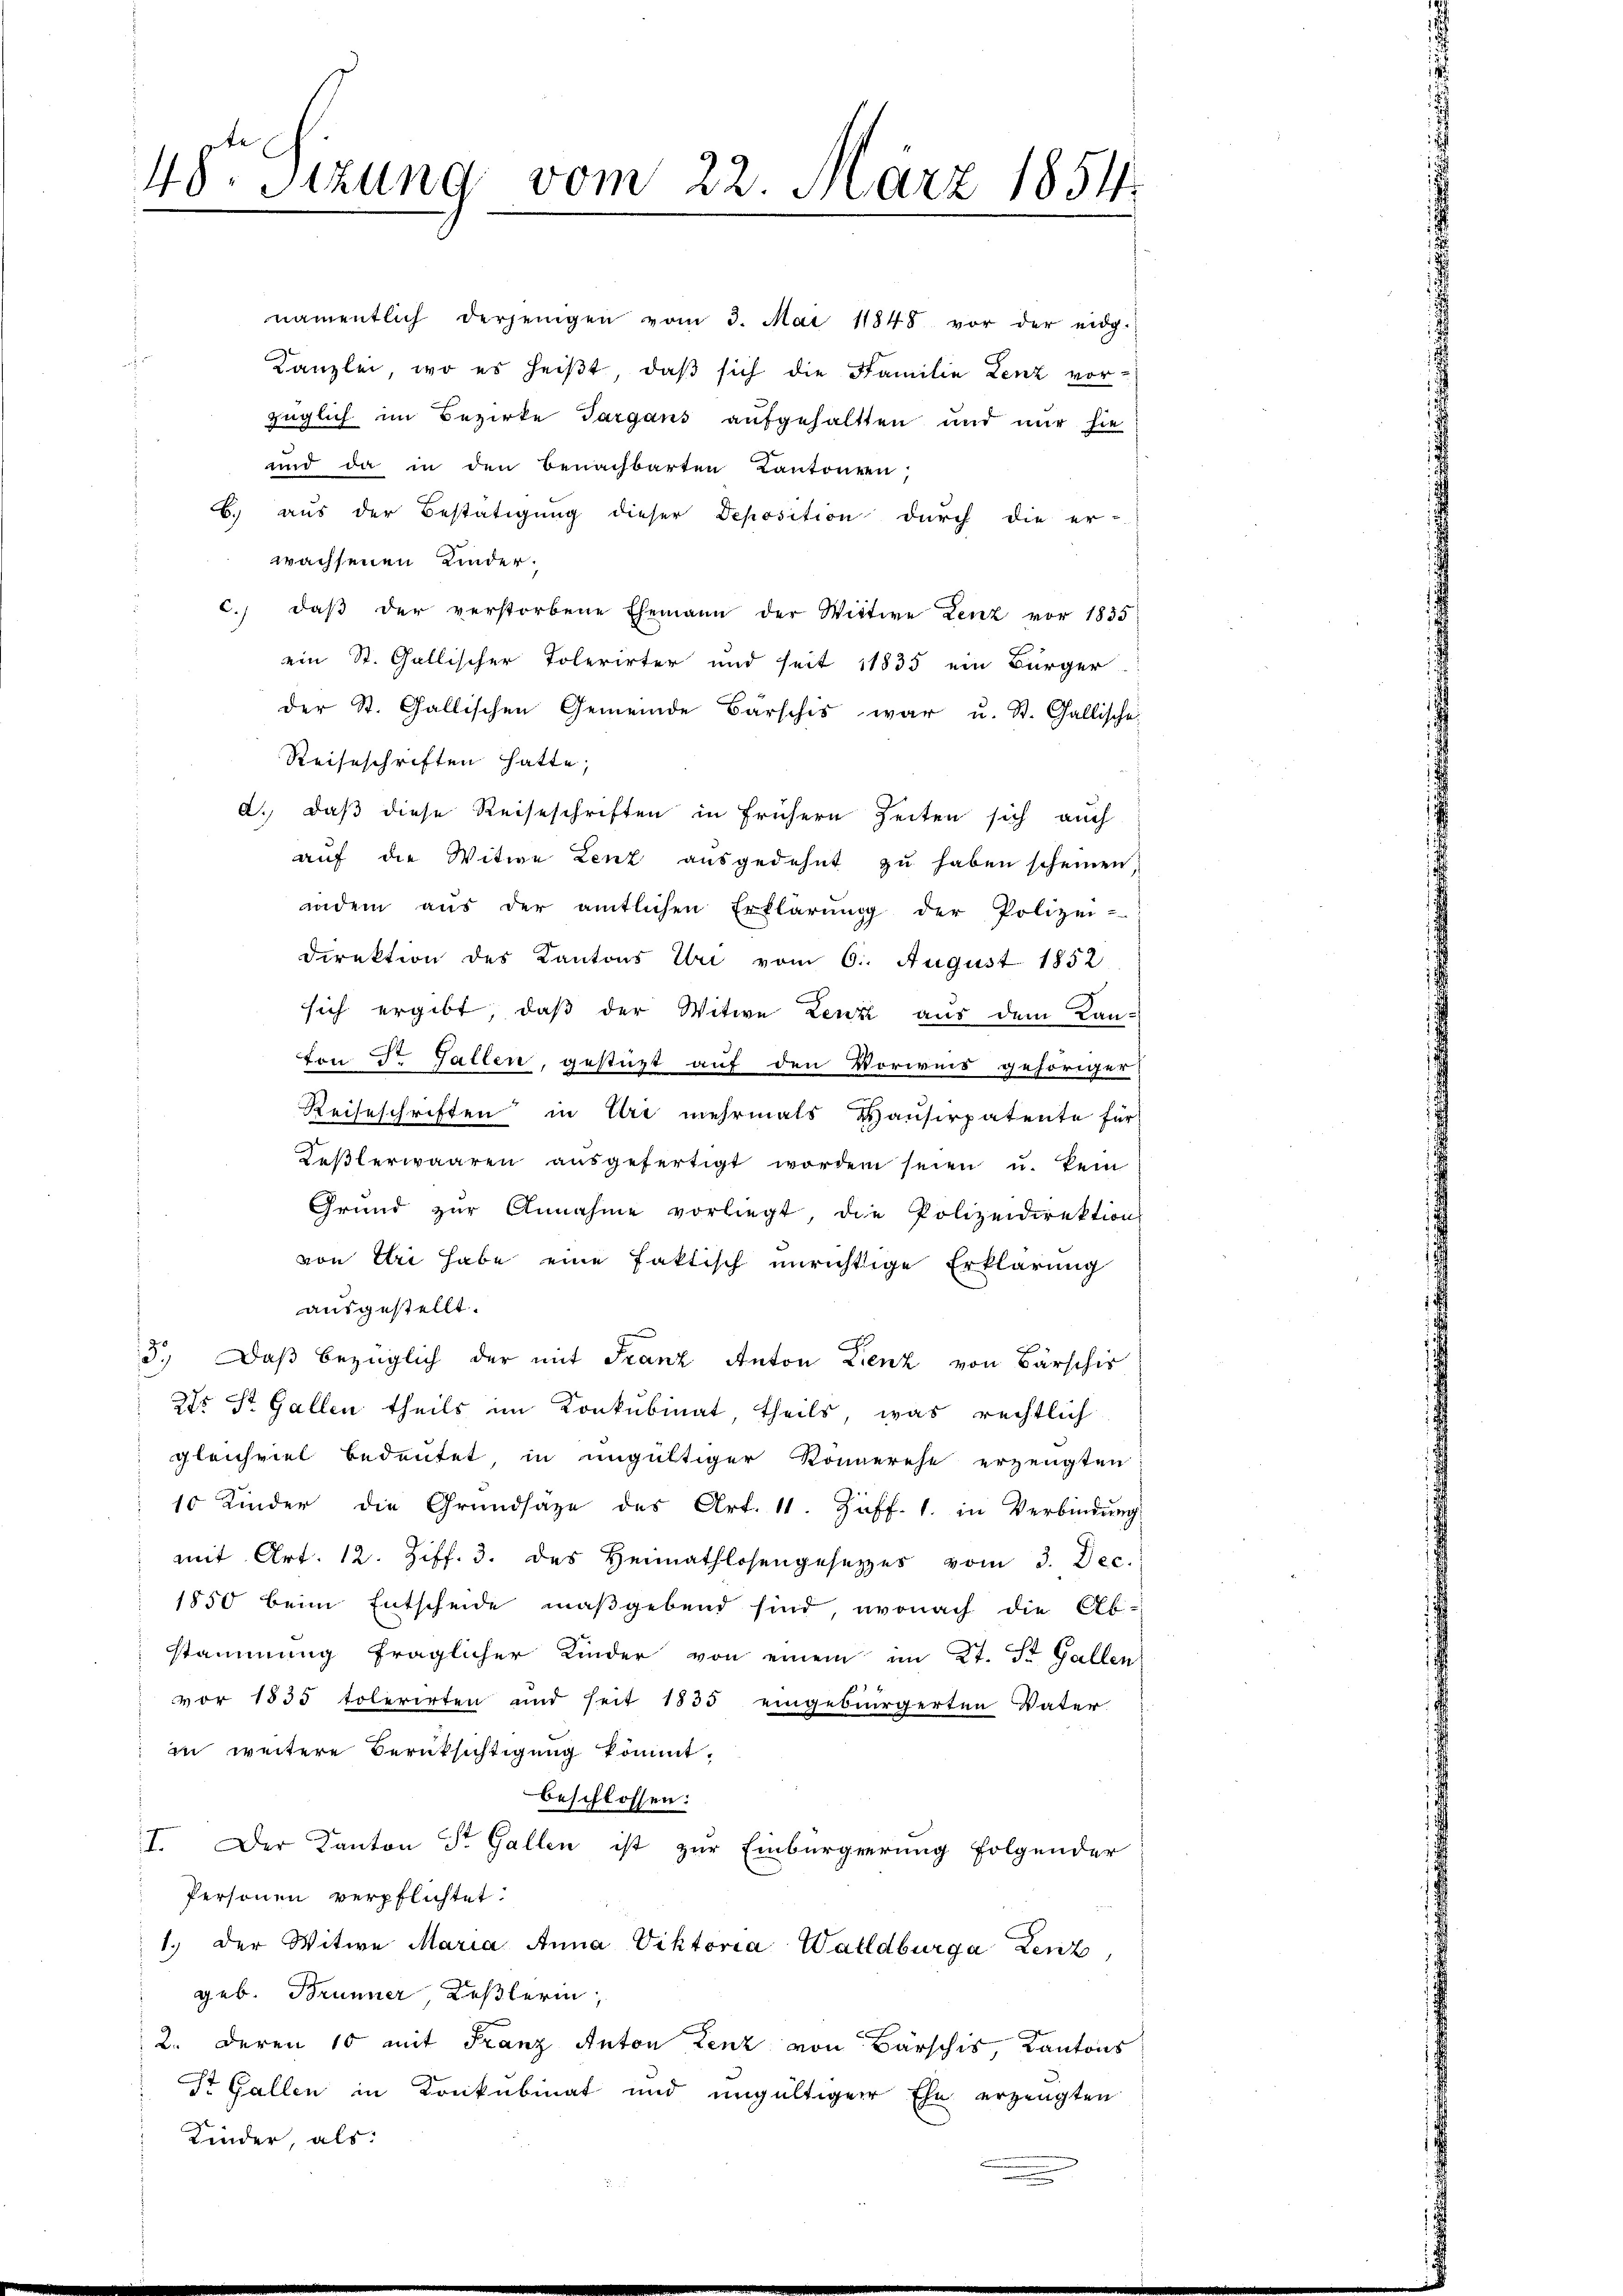
48 Sizung vom 22. März 1854.

namentlich derjenigen vom 3. Mai 1848 vor der eidg.
Kanzlei, wo es heißt, daß sich die Familie Lenz vorzüglich im Bezirke Targaus aufgehaltten und nur sie
und da in den Benachbarten Kantonen
B. aus der Bestätigung dieser Deposition durch die er-
wachsenen Kinder.
c. daβ der verstorbene Ehemann der Wittwe Lenz vor 1835
ein St. Gallischer Tolerirter und seit 1835 ein Bürger
der St. Gallischen Gemeinde Barschis war u. St. Gallische
Reiseschriften hatte;
a. daß diese Reiseschriften in frühern Zeiten sich auch
auf die Witwe Lenz ausgedehnt zu haben scheinen,
wdem aus der amtlichen Erklärung der Polizei-
Direktion des Kantons Uri vom 6. August 1852
sich ergibt, daß der Witwe Lenz aus dem Kan-
ton Dr. Gallen, gestüzt auf den Vorweis gehöriger-
Reiseschriften in Art mehrmals Hausirpatente für
Keßlerwaaren ausgefertigt worden seien u. kein
Grund zŭr Annahme vorliegt, die Polizeidirektion
von Uri habe eine faktisch unrichtige Erklärung
ausgestellt.
c
3. Daβ bezüglich der mit Franz Anton Lienz von Barschir
275 St. Gallen theils im Konkubinat theils, was rechtlich
gleichviel bedeutet, in ungültiger Konnerehe erzeugten
10 Kinder die Grundsaze des Art. 11. Ziff. 1. in Verbindung
mit Art. 12. Ziff. 3. des Heimathlosengesetzes vom 3. Dec.
1850 beim Entscheide maßgebend sind, wonach die Ab-
stammung fraglicher Kinder von einem im Kt. St. Gallen
vor 1535 tolerirten und seit 1835 eingebürgerten Vater
in weitere Berüksichtigung kommt.
beschlossen:
I. Der Kanton St. Gallen ist zur Einbürgerung folgender
Personen verpflichtet:
1.) Der Witwe Maria Anna Viktoria Walldburga Lenz,
geb. Brunner, Keßlerin,
2. Deren 10 mit Franz Anton Lenz von Barschis, Kantons
St. Gallen in Konkubinat und ungültiger Ehe erzeugten
Kinder, als: